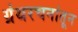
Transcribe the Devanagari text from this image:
ग्रंथरचनांतून